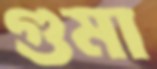
গুমা